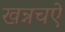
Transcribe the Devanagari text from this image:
खन्नचऐ